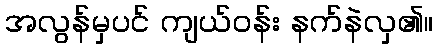
အလွန်မှပင် ကျယ်ဝန်း နက်နဲလှ၏။